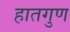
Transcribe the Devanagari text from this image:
हातगुण